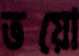
ভয়ো